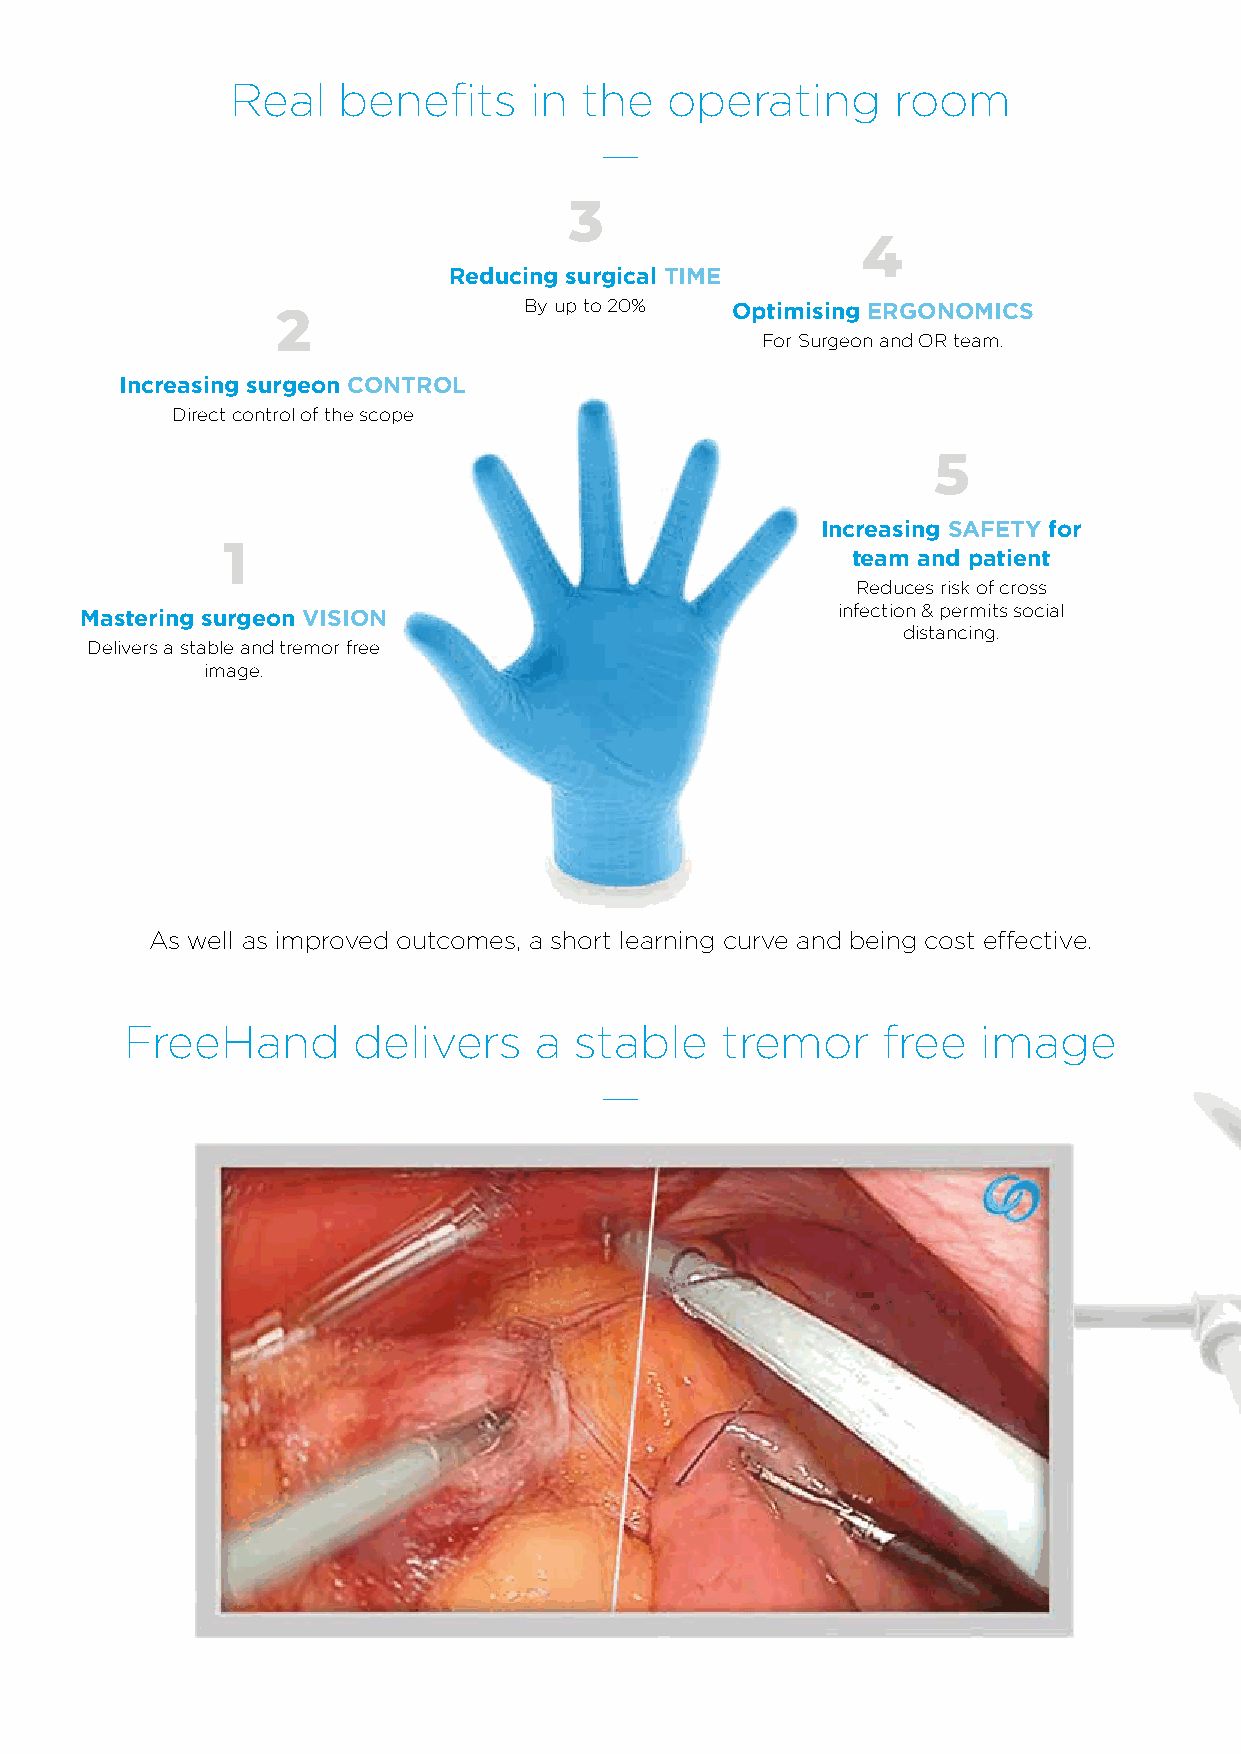
Real   benefits     in  the  operating      room
 —
 Reducing surgical TIME
 By up to 20% Optimising ERGONOMICS
 For Surgeon and OR team.
 Increasing surgeon CONTROL
 Direct control of the scope
 Increasing SAFETY for
 team and patient
 Reduces risk of cross
 Mastering surgeon VISION                          infection & permits social
 distancing.
 Delivers a stable and tremor free
 image.
 As well as improved outcomes, a short learning curve and being cost effective.
 FreeHand       delivers    a  stable    tremor    free   image
 —